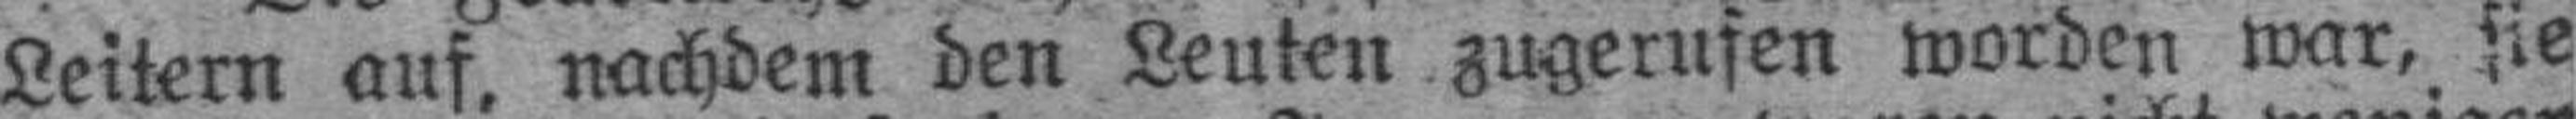
Leitern auf. nachdem den Leuten zugerufen worden war, sie